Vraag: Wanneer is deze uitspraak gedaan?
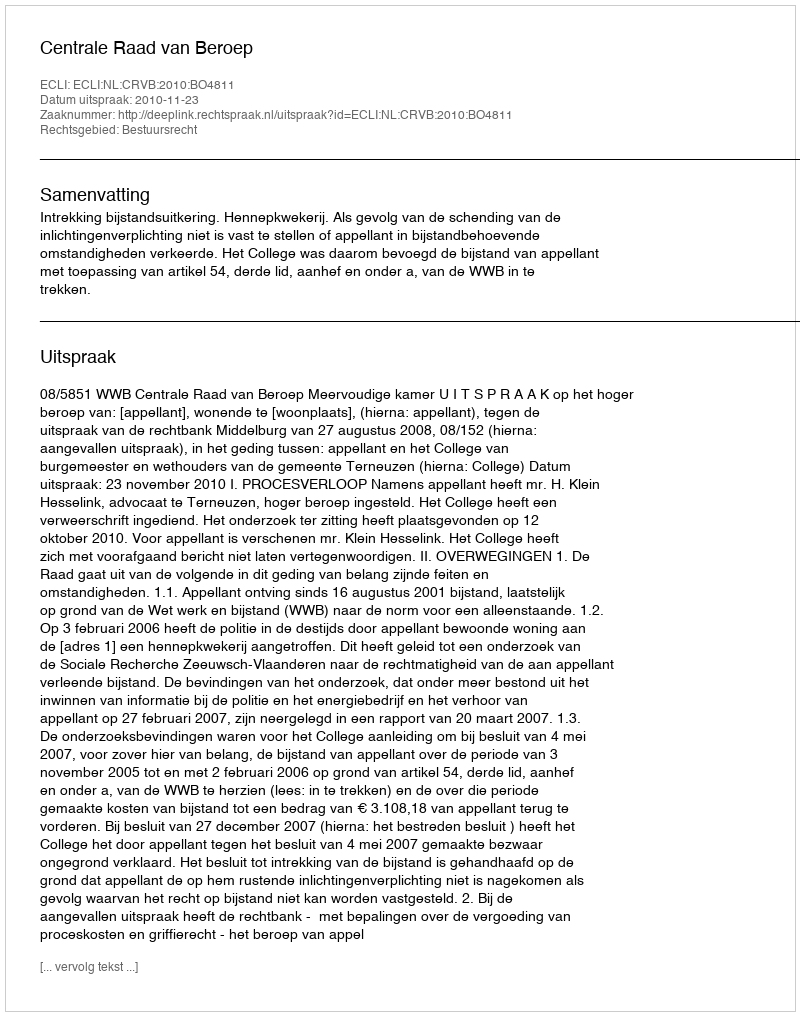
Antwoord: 2010-11-23